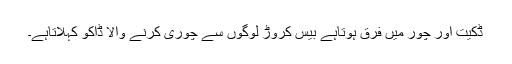
ڈکیت اور چور میں فرق ہوتاہے بیس کروڑ لوگوں سے چوری کرنے والا ڈاکو کہلاتاہے۔